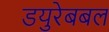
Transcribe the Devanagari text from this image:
डयुरेबबल